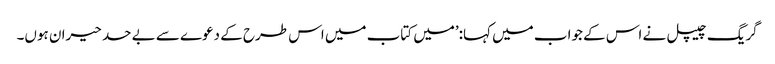
گریگ چیپل نے اس کے جواب میں کہا:’میں کتاب میں اس طرح کے دعوے سے بے حد حیران ہوں۔